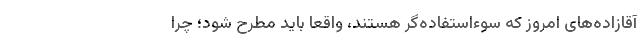
آقازاده‌های امروز که سوءاستفاده‌گر هستند، واقعا باید مطرح شود؛ چرا